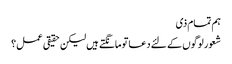
ہم تمام ذی
شعور لوگوں کے لئے دعا تو مانگتے ہیں لیکن حقیقی عمل؟